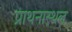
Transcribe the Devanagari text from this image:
प्राथनास्थल